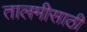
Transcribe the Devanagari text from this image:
तालमीसाठी